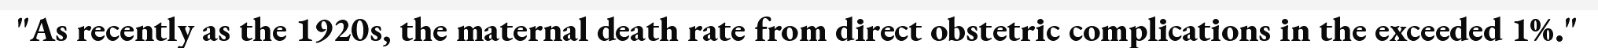
"As recently as the 1920s, the maternal death rate from direct obstetric complications in the exceeded 1%."